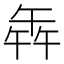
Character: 𭅦